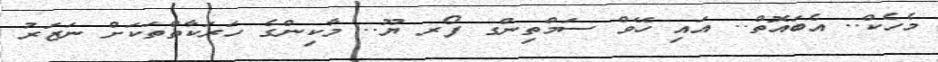
މެހެކް.. އެބައޮތް.. އައި ހޭވް ސަމްތިންގ ފޯރ ޔޫ.. މާކިންގެ ހަރަކާތްތަކަށް ނަޒަރު